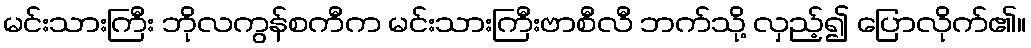
မင်းသားကြီး ဘိုလကွန်စကီက မင်းသားကြီးဗာစီလီ ဘက်သို့ လှည့်၍ ပြောလိုက်၏။